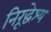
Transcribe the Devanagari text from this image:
निरूद्धेश्य